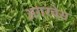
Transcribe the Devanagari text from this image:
अगरवेस